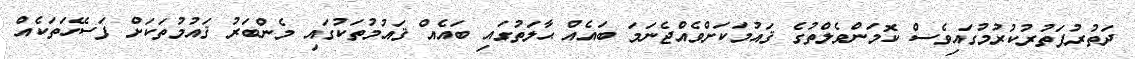
ދަތުރުފަތުރުކުރުމުގައިވެސް ކޮމަންވެލްތުގެ ޤައުމަކަށްވެއްޖެނަމަ ބައެއް ޙާލަތުގައި ބައެއް ޤައުމުތަކުގައި މެންބަރު ޤައުމުތަކަށް ފަސޭހަތަކެއް